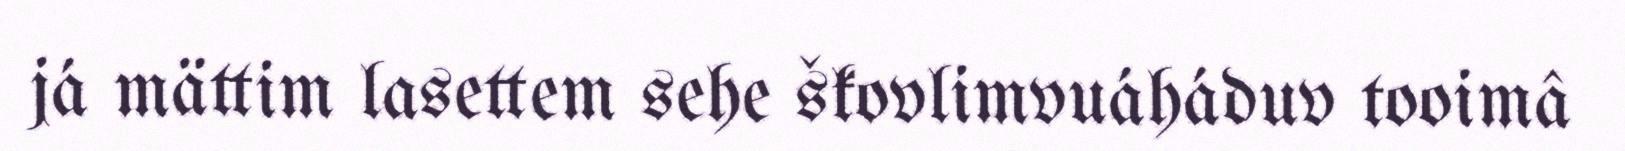
já mättim lasettem sehe škovlimvuáháduv tooimâ